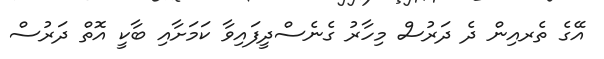
އޭގެ ތެރއިން ދެ ދަރުސް މިހާރު ގެނެސްދީފައިވާ ކަމަށާއި ބާކީ އޮތް ދަރުސް